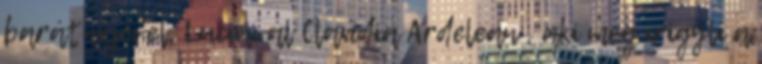
barátnőjével, Luciával Claudia Ardelean , aki meg irigyli a